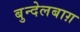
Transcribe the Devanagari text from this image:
बुन्देलबाग़